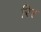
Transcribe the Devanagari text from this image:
रिर